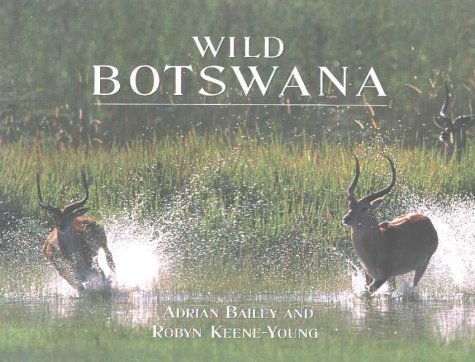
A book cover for Wild Botswana; Robyn Keene Young; Travel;